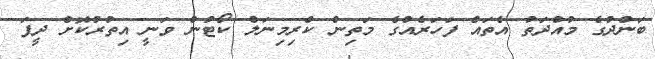
ބަންދުގެ މުއްދަތު އެތައް ފަހަރެއްގެ މަތިން ކްރިމިނަލް ކޯޓުން ވަނީ އިތުރުކޮށް ދީފަ